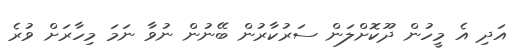
އަދި އެ މީހުން ދޫކޮށްލަން ސަރުކާރުން ބޭނުން ނުވާ ނަމަ މިހާރަށް ވުރެ